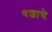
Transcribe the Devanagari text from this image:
धशाचे